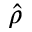
\hat { \rho }